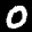
Label: 0